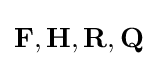
\mathbf {F} ,\mathbf {H} ,\mathbf {R} ,\mathbf {Q}